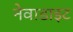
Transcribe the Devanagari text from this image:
नेवाडाइट